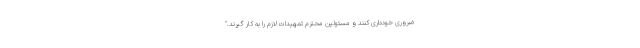
ضروری خودداری کنند و مسئولین محترم تمهیدات لازم را به کار گیرند."